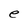
Character: e